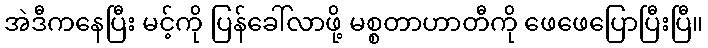
အဲဒီကနေပြီး မင့်ကို ပြန်ခေါ်လာဖို့ မစ္စတာဟာတီကို ဖေဖေပြောပြီးပြီ။